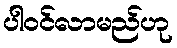
ပါဝင်လာမည်ဟု